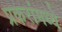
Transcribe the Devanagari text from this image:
प्रकरांमध्ये